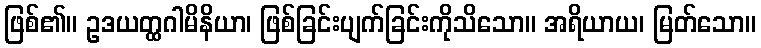
ဖြစ်၏။ ဥဒယတ္ထဂါမိနိယာ၊ ဖြစ်ခြင်းပျက်ခြင်းကိုသိသော။ အရိယာယ၊ မြတ်သော။